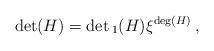
LaTeX: \begin{align*}\det(H)=\det{}_1(H)\xi^{\deg(H)}\,,\end{align*}